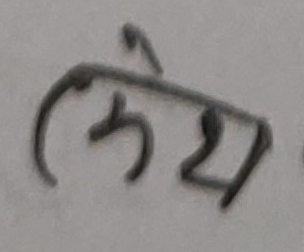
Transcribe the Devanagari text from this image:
छीय